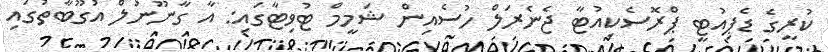
ކުރީގެ ޑެޕިއުޓީ ޕްރޮސެކިއުޓާ ޖެނެރަލް ހުސެއިން ޝަމީމް ޓުވިޓާގައި: އާ ގާނޫނުލް އުގޫބާތުގައި